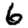
Digit: 6